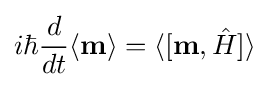
i\hbar {\frac {d}{dt}}\langle \mathbf {m} \rangle =\langle [\mathbf {m} ,{\hat {H}}]\rangle